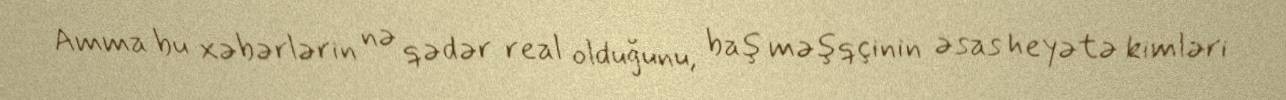
Amma bu xəbərlərin nə qədər real olduğunu, baş məşqçinin əsas heyətə kimləri